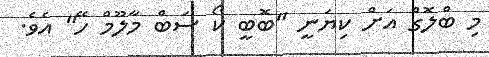
މި ބްލޮގް އަށް ކިޔަނީ "ބޮބީ ކޯ ސަބް މާލޫމް ހޭ" އެވެ.